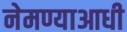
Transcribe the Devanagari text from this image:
नेमण्याआधी